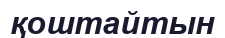
қоштайтын